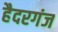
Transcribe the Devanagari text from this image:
हैदरगंज